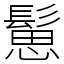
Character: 䰄